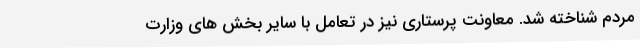
مردم شناخته شد. معاونت پرستاری نیز در تعامل با سایر بخش های وزارت